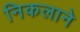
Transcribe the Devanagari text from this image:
निकलाने